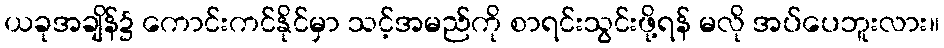
ယခုအချိန်၌ ကောင်းကင်နိုင်မှာ သင့်အမည်ကို စာရင်းသွင်းဖို့ရန် မလို အပ်ပေဘူးလား။